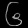
Digit: ၆